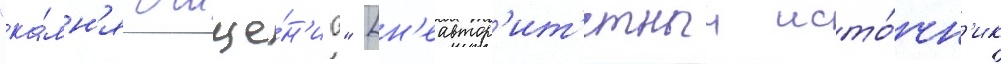
"ка́мн'я очище́н'иа" [н'еавтор'ит'етныи исто́чн'ик